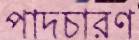
পাদচারণ